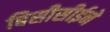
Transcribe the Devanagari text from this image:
बिसीसीईने